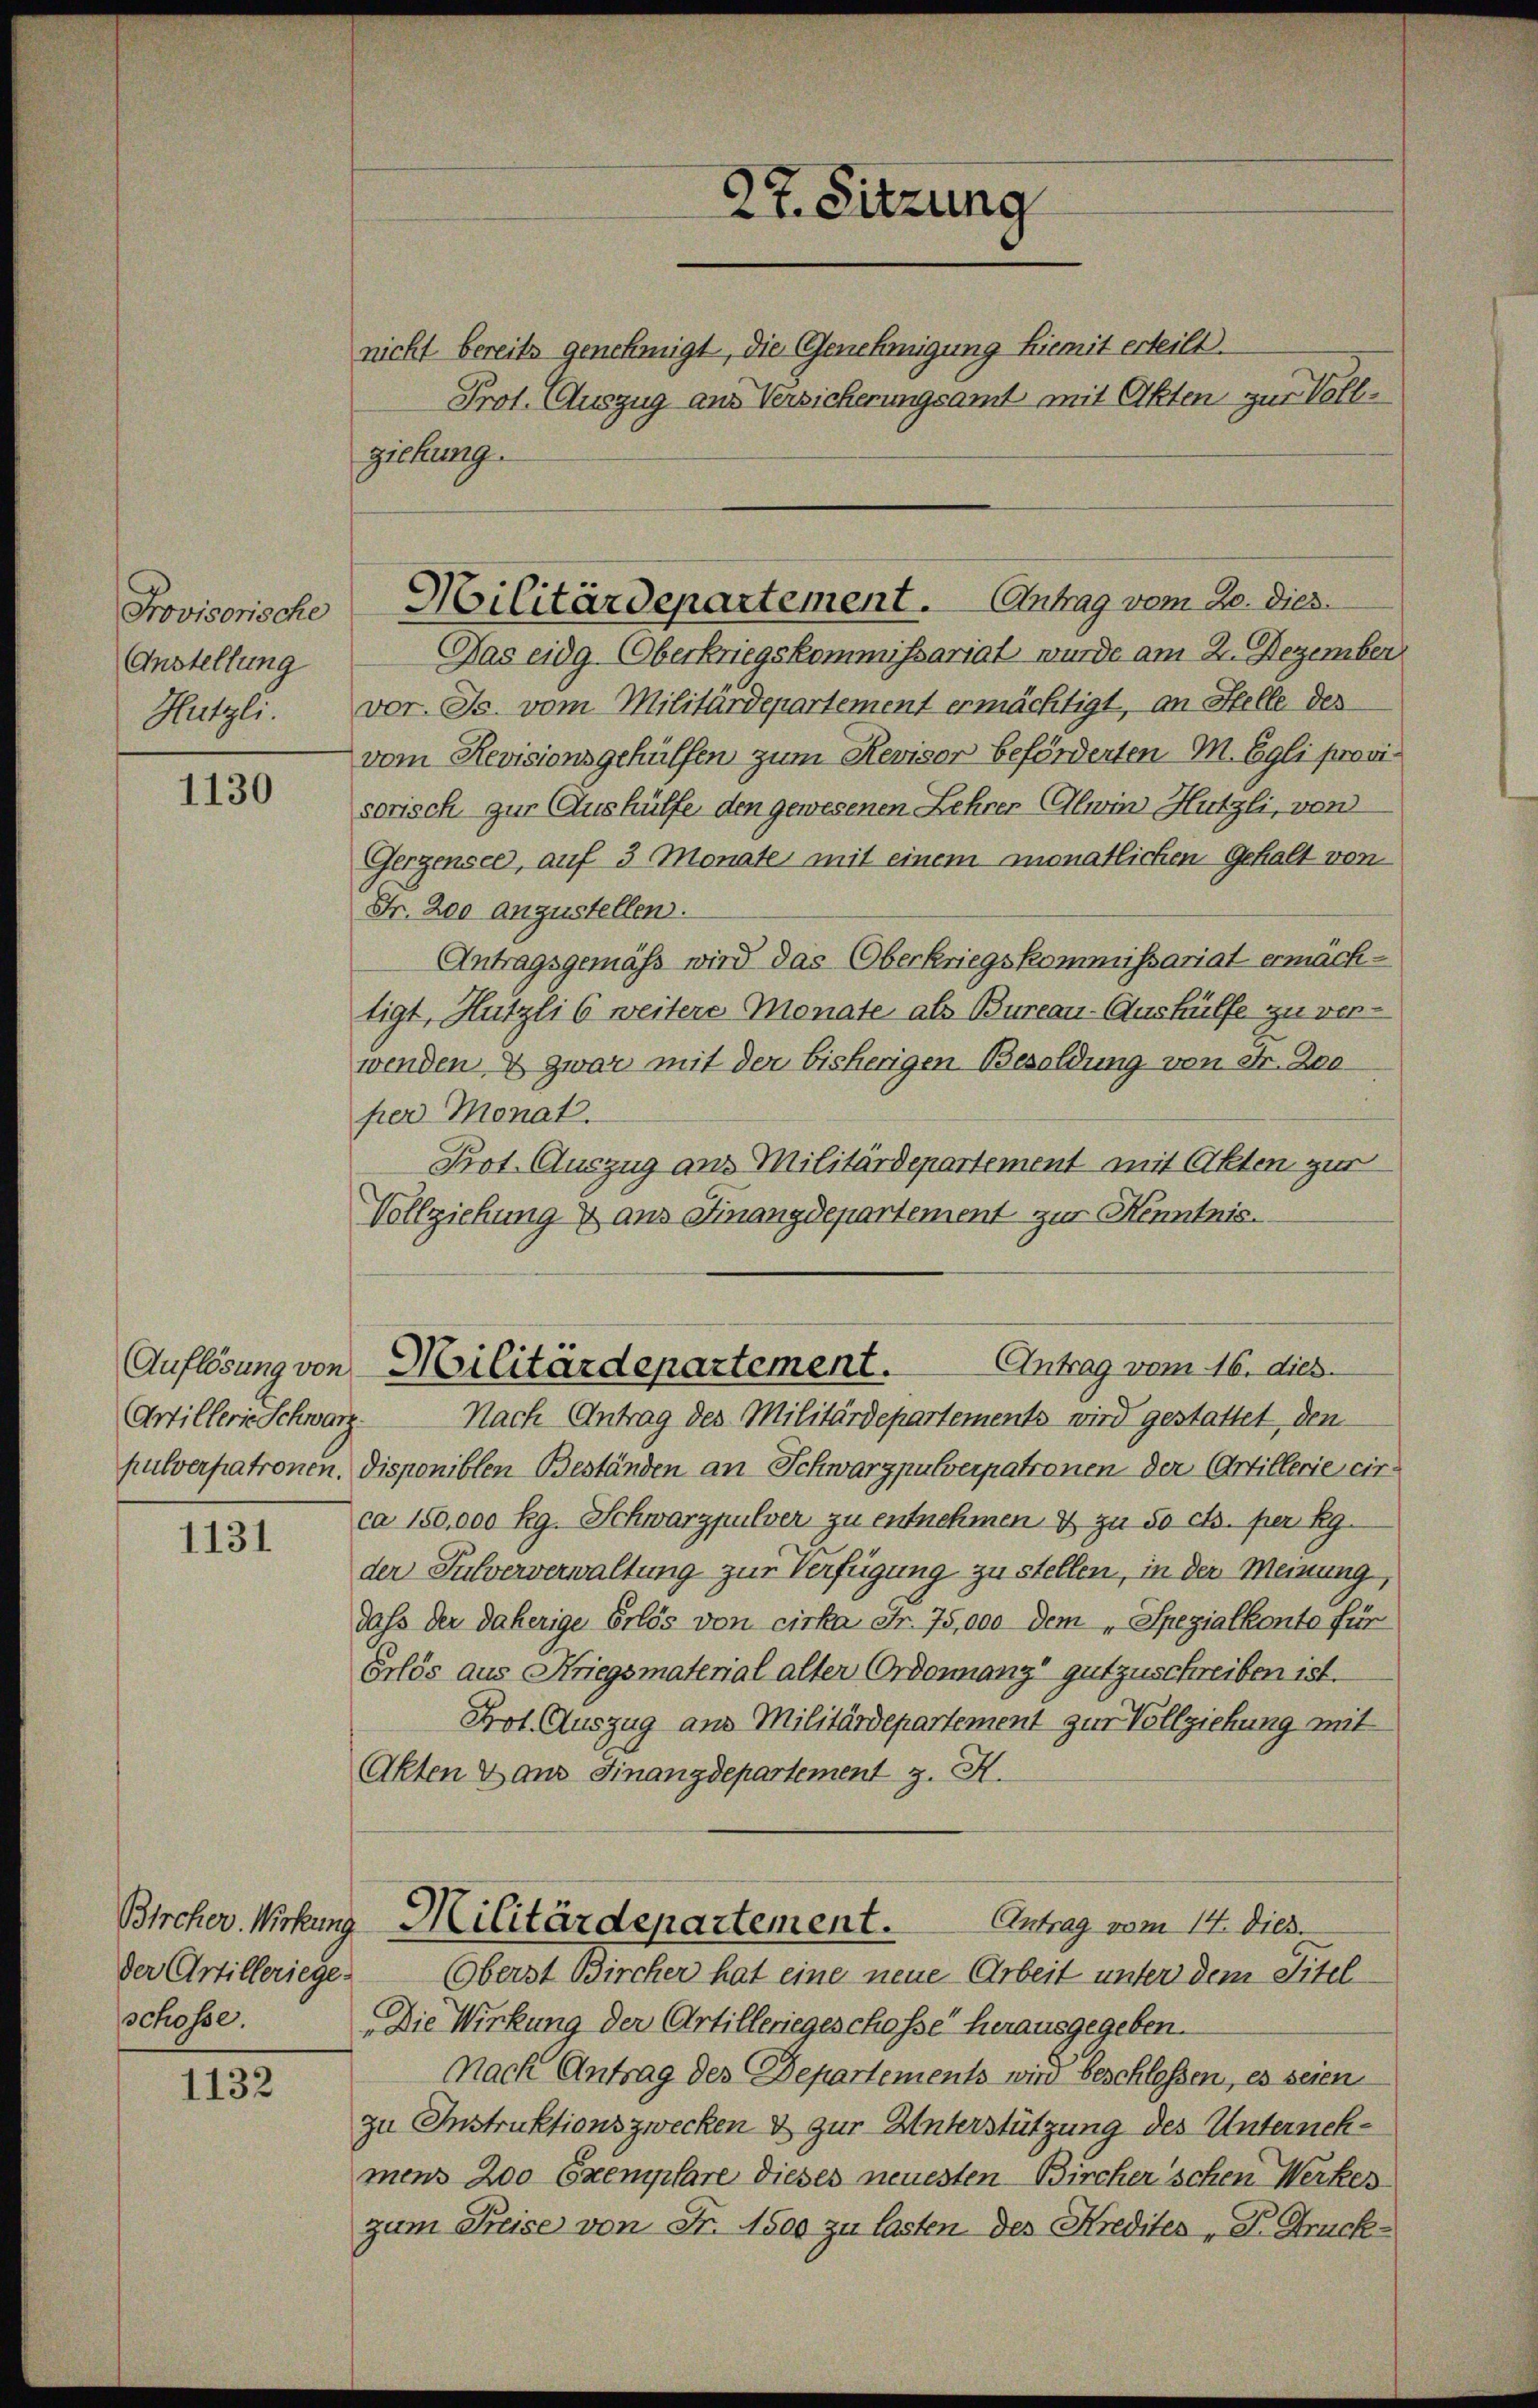
Provisorische
Anstellung
Hützli

1130

Artillerie Schwarz

1131

Bircher. Wirkung
der Artilleriege.
schosse.

1132

nicht bereits genehmigt, die Genehmigung hiemit erteilt.
Prot. Auszug aus Versicherungsamt mit Akten zur Vollziehung.

27. Sitzung

Hilitärdepartement. Antrag vom 20. dies
Gas eidg. Oberkriegskommissariat wurde am 2. Dezember

Antrag vom 16. dies
Auflösung von Militärdepartement.

vor. Js. vom Militärdepartement ermächtigt, an Stelle des
vom Revisionsgehülfen zum Revisor beförderten M. Egli provisorisch zur Aushülfe den gewesenen Lehrer Glein Hutzli, von
Gergensee, auf 3 Monate mit einem monatlichen Gehalt von
Fr. 200 anzustellen.
Antragsgemäss wird das Oberkriegskommissariat ermächtigt, Hutzli 6 weitere Monate als Bureau-Aushülfe zu verwenden & zwar mit der bisherigen Besoldung von Str. Zeeper Monat.
Prot. Auszug aus Militärdepartement mit Akten zur
Vollziehung & aus Finanzdepartement zur Kenntnis.
Nach Antrag des Militärdepartements wird gestattet, den
pulverpatronen, disponiblen Beständen an Schwarzpulverpatronen der Artillerie circa 150,000 Rg. Schwarzpulver zu entnehmen & zu 50 cts. per Kg.
der Pulververwaltung zur Verfügung zu stellen, in der Meinung,
dass der daherige Erlös von cirka Fr. 75,000 dem „Spezialkonto für
Erlös aus Kriegsmaterial alter Ordonnanz gutzuschreiben ist.
Prot. Auszug aus Militärdepartement zur Vollziehung mit
Akten & aus Finanzdepartement z. H.
Antrag vom 14. Dies.
Militärdepartement.
(Oberst Bircher hat eine neue Arbeit unter dem Titel
Die Wirkung der Artilleriegeschosse herausgegeben.
Nach Antrag des Departements wird beschloßen, es seien
zu Instruktionszwecken & zur Unterstützung des Unternehmens 200 Exemplare dieses neuesten Bircher'schen Werkes
zum Preise von Fr. 1500 zu lasten des Kredites „P. Druck¬